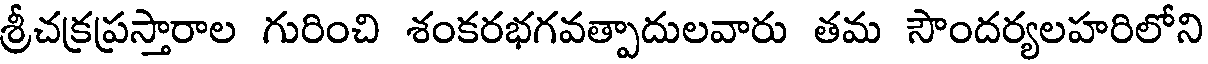
శ్రీచక్రప్రస్తారాల గురించి శంకరభగవత్పాదులవారు తమ సౌందర్యలహరిలోని